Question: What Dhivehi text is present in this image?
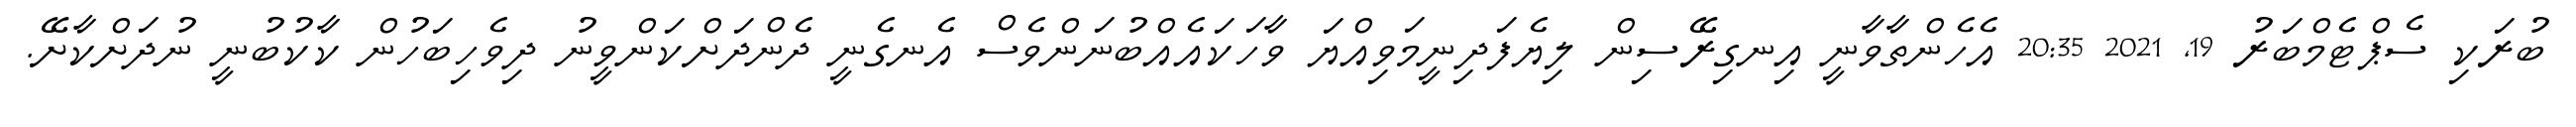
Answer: ބުރަކި ސެޕްޓެމްބަރު 19, 2021 20:35 އެހެންތާވާނީ އިނގިރޭސިން ލިޔެފަދިނީމަވިއްޔަ ވާހަކައެއްބުނަންވެސް އެނގެނީ ދެންދަށްކަންވީނު ދިވެހިބަހުން ކާކުބުނީ ނުދަށްކާށޭ.